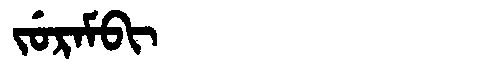
Manchu: ᠵᡠᡵᠠᠮᠪᡳ
Romanization: JURAMBI